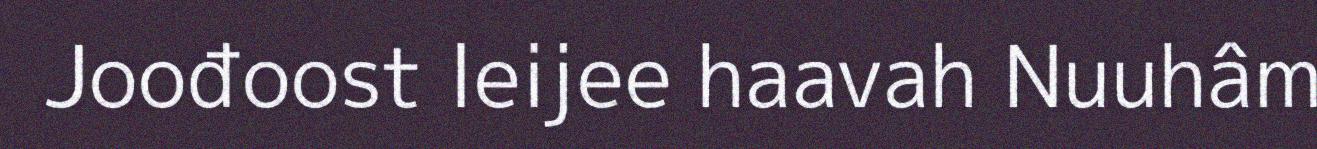
Joođoost leijee haavah Nuuhâm